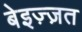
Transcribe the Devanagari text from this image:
बेइज़्ज़त